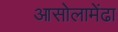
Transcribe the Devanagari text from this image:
आसोलामेंढा